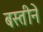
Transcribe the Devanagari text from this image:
बस्तीने